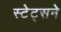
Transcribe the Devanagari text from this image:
स्टेट्सने